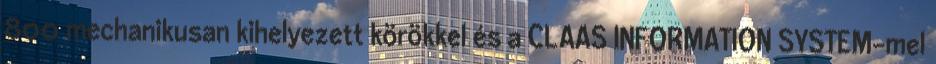
800 mechanikusan kihelyezett körökkel és a CLAAS INFORMATION SYSTEM-mel